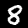
Label: 8